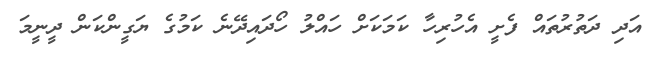
އަދި ދަތުރުތައް ފެށީ އެހުރިހާ ކަމަކަށް ހައްލު ހޯދައިދޭނެ ކަމުގެ ޔަގީންކަން ދީނީމަ